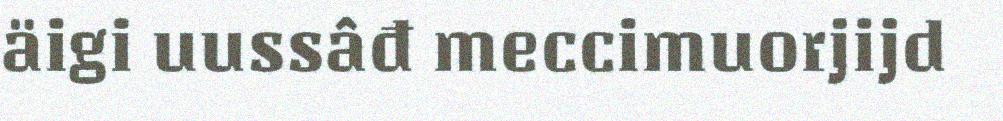
äigi uussâđ meccimuorjijd